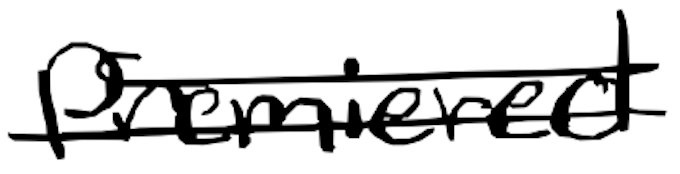
Text: premiered
Cross-out: double-line
Writing tool: digital_black